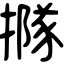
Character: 𢵌